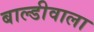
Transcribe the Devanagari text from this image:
बाल्डीवाला